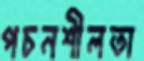
পচনশীলতা